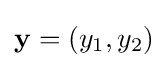
\mathbf {y} =(y_{1},y_{2})